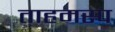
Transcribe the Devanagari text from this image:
ताहमस्प